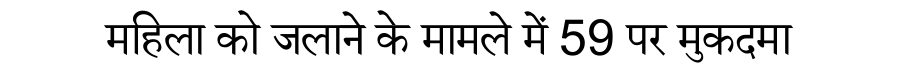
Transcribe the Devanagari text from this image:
महिला को जलाने के मामले में 59 पर मुकदमा